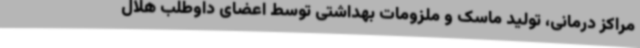
مراکز درمانی، تولید ماسک و ملزومات بهداشتی توسط اعضای داوطلب هلال